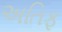
અતિફ